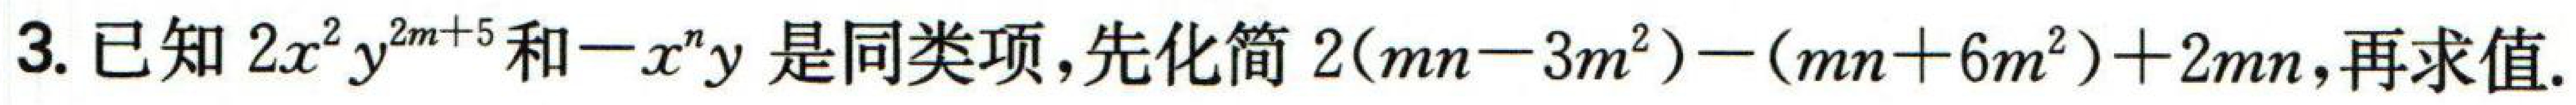
3. 已知\(2x^{2}y^{2m + 5}\)和\(-x^{n}y\)是同类项，先化简\(2(mn - 3m^{2})-(mn + 6m^{2})+2mn\)，再求值.